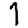
Digit: 1